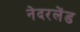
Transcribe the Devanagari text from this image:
नेदरलेंड